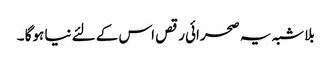
بلاشبہ یہ صحرائی رقص اس کے لئے نیا ہوگا ۔